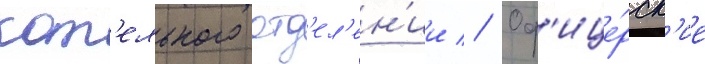
кот'ельного отд'ел'ен'ии // Оф'ице́рск'ие